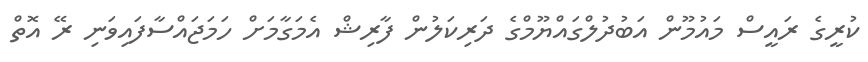
ކުރީގެ ރައީސް މައުމޫން އަބުދުލްގައްޔޫމްގެ ދަރިކަލުން ފާރިޝް އެމަގާމަށް ހަމަޖައްސާފައިވަނި ރޭ އޮތް